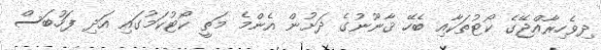
ދިވެހިރާއްޖޭގެ ކޯޓުތަކާއި ބެހޭ ޤާނޫނުގެ ދަށުން އެންމެ މަތީ ކޯޓުކަމުގައި އަދި ފަހުބަސް